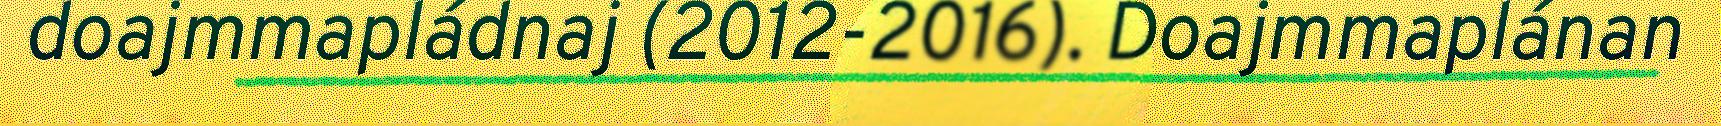
doajmmapládnaj (2012-2016). Doajmmaplánan